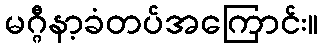
မဂ္ဂီနာ့ခံတပ်အကြောင်း။